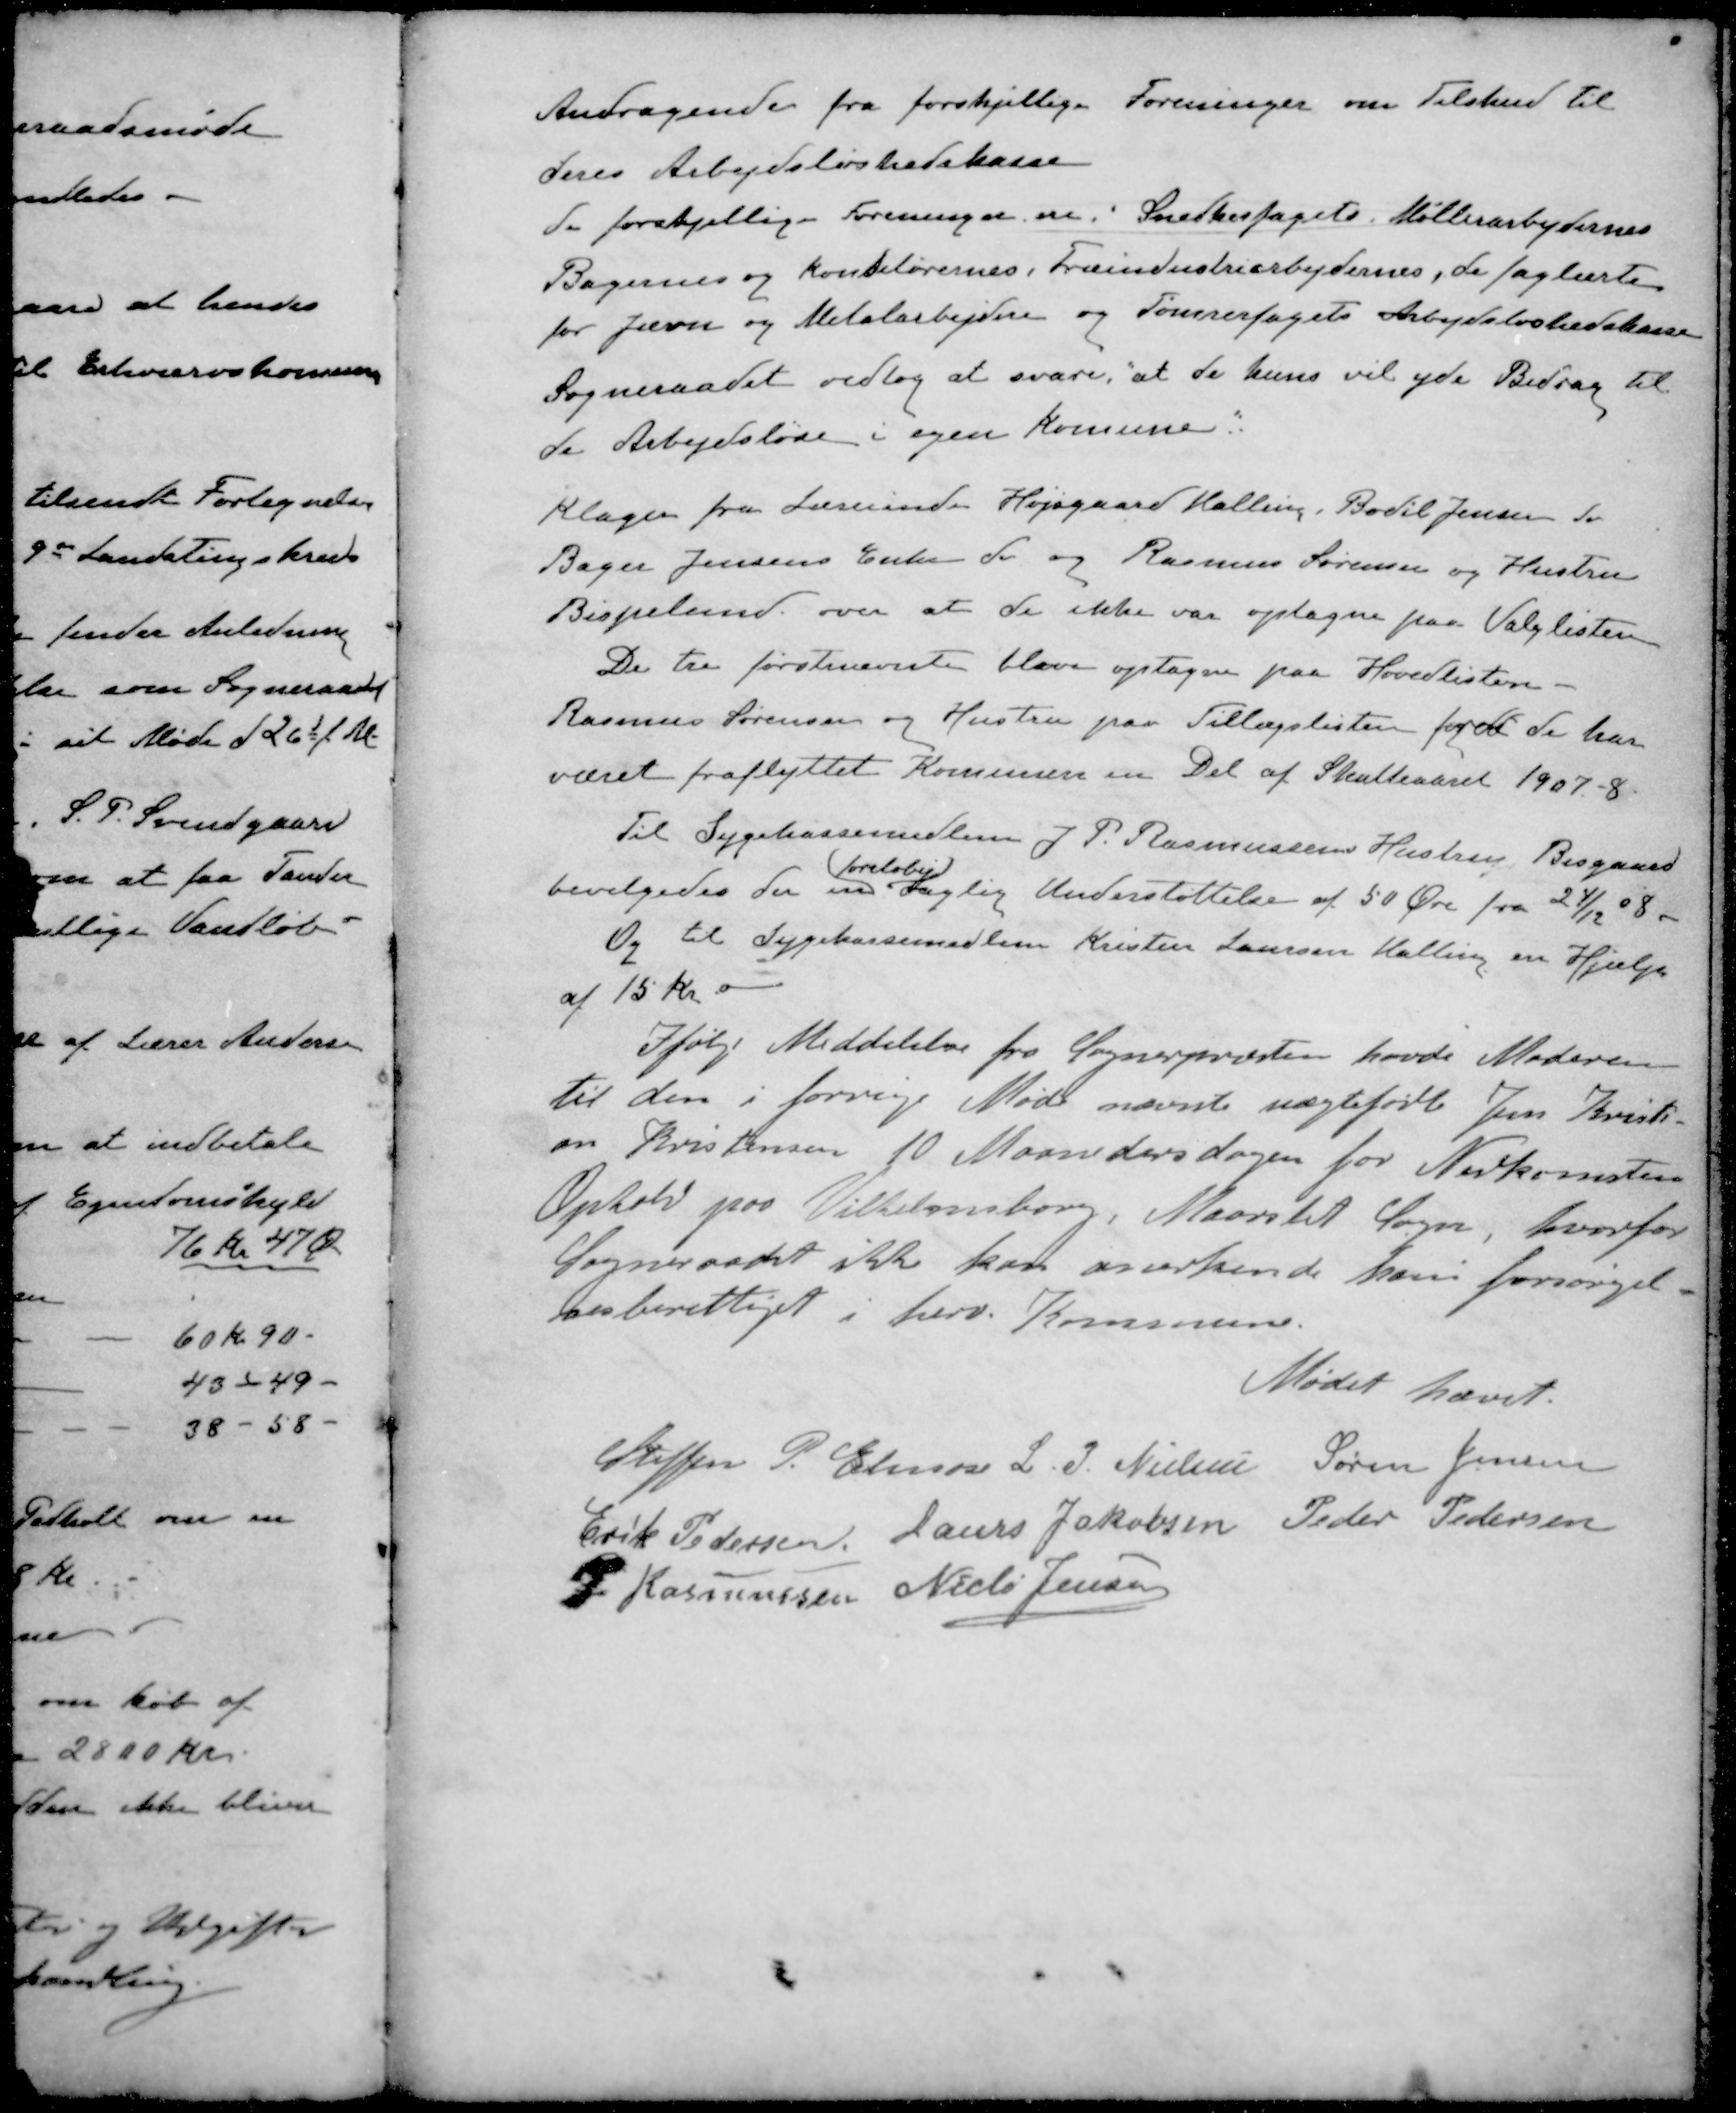
Transskription:
Andragende fra forskjellige Foreninger om Tilskud til
deres Arbejdsløshedskasse
do forskjellige Foreninger i Snegkerfagets, Møllerarbejdernes
Bagernes og konditørernes, Træindustriarbejdernes, de faglærte
for Jærn og Metalarbejdere og Tømrerfagets Arbejdsløshedskasse
Sogneraadet vedtog at svare, "at de kun vil yde Bidrag til
de Arbejdsløse i egen komune"
Klager fra Læreinde Højsgaard Malling, Bodil Jensen do
Bager Jensens Enke do og Rasmus Sørensen og Hustru
Bispelund over at de ikke var optagne paa Valglisten
De tre førstnævnte blive optagne paa Hovedlisten -
Rasmus Sørensen og Hustru paa Tillægslisten fordi de har
været fraflyttet Komunen en Del af Skatteaaret 1907 - 8
Til Sygekassemedlem J. P. Rasmussens Hustru, Bisgaard
foreløbig
bevilgedes der en daglig Understøttelse af 50 Øre fra 24/12 08
Og til Sygekassemedlem Kristen Laursen Malling en Hjælp
af 15 kr
Ifølge Meddelelse fra Sognerpræsten havde Moderen
til den i forrige Møde nævnte uægtefødte Jens Kristi-
an Kristensen 10 Maanedersdagen for Nedkomsten
Ophold paa Vilhelmsborg, Maarslet Sogn, hvorfor
Sogneraadet ikke kan anerkende ham forsørgel-
besberettiget i herv. Kommune.
Mødet hævet.
Steffen P. Elmose
L. P. Nielsen
Søren Jensen
Erik Pedersen
Laurs Jakobsen
Peder Pedersen
P Rasmussen
Niels Jensen